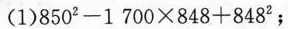
(1)$$8 5 0 ^ { 2 } - 1 7 0 0 \times 8 4 8 + 8 4 8 ^ { 2 }$$；